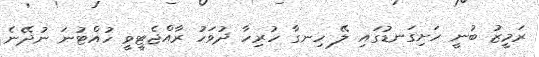
ރަމީޒު ބުނީ ހަށިގަނޑުގައި ލޭ ހިނގާ ހުރިހާ ދުވަހު ރާއްޖެޓީވީ ހުއްޓުނަ ނުދޭނެ